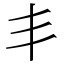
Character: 丯